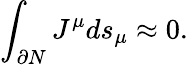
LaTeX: \int_{\partial N}J^{\mu}ds_{\mu}\approx 0.